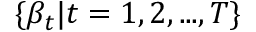
\{ \beta _ { t } | t = 1 , 2 , . . . , T \}